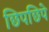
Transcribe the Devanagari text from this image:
छिपछिपे